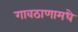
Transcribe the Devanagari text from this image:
गावठाणामधे